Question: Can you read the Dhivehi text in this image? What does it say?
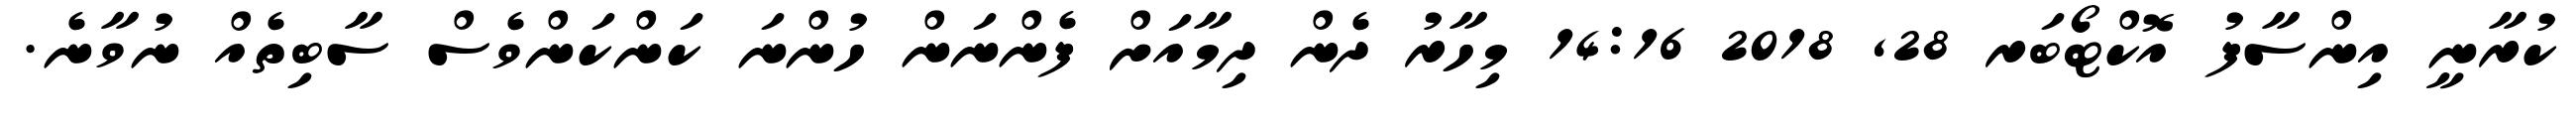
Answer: ކުރާނީ އިންސާފު އޮކްޓޯބަރ 28, 2018 14:16 މިހާރު ދެން ދިމާއަށް ފެންނަން ހުންނަ ކަންކަންވެސް ސާބިތެއް ނުވާނެ.